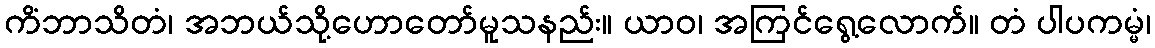
ကိံဘာသိတံ၊ အဘယ်သို့ဟောတော်မူသနည်း။ ယာဝ၊ အကြင်ရွေ့လောက်။ တံ ပါပကမ္မံ၊